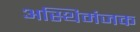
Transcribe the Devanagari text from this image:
अस्थिमंजक